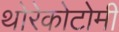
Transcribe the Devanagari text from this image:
थोरेकोटोमी